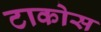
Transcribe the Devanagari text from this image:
टाकोस